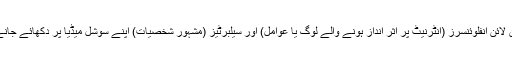
ڈائرن کو یہ کہنے میں کوئی عار نہیں کہ آن لائن انفلوئنسرز (انٹرنیٹ پر اثر انداز ہونے والے لوگ یا عوامل) اور سیلبرٹیز (مشہور شخصیات) اپنے سوشل میڈیا پر دکھائے جانے والے جسم کے بارے میں سچ نہیں بولتے۔